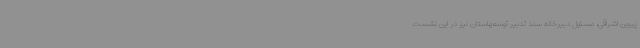
پروین اشراقی، مسئول دبیرخانه سند تدبیر توسعهاستان نیز در این نشست